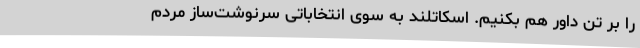
را بر تن داور هم بکنیم. اسکاتلند به سوی انتخاباتی سرنوشت‌ساز مردم